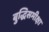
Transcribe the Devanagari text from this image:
बुद्धिसमीक्षा